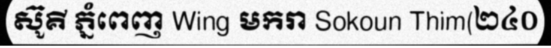
ស៊ូគី ភ្នំពេញ Wing មករា Sokoun Thim(២៤០